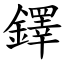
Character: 鐸